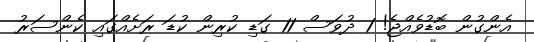
އެންގުން ބޮޑުވެއްޖެ! 1 ދުވަސް 11 ގަޑި ކުރިން ކުޑަ ރަށެއްގައި ކެންސަރު